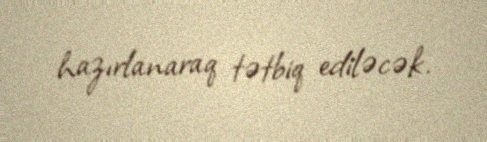
hazırlanaraq tətbiq ediləcək.